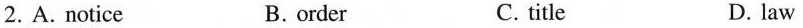
2.A.Notice B.order C.title D.law